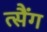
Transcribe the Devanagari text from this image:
त्सैंग